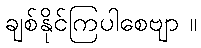
ချစ်နိုင်ကြပါစေဗျာ ။